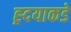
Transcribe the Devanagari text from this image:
ह्र्दयाकडे